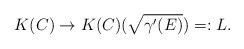
LaTeX: \begin{align*}K(C)\rightarrow{K(C)(\sqrt{\gamma'(E)})}=:L.\end{align*}